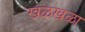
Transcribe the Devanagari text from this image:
खळखळा